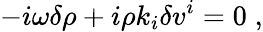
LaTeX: -i{\omega}\delta\rho+i\rho k_{i}\delta v^{i}=0\; ,